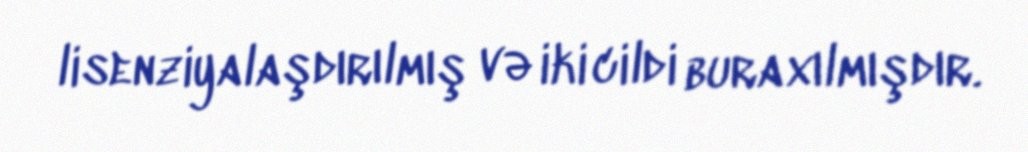
lisenziyalaşdırılmış və iki cildi buraxılmışdır.